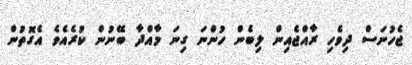
ޖެހުނަސް ދިވެހި ރާއްޖެއިން ލިބެން ހުންނަ ގިނަ މާއްދާ ބޭނުން ކުރެއެވެ އެގޮތުން